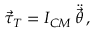
\begin{array} { r } { \vec { \tau } _ { T } = I _ { C M } \, \ddot { \vec { \theta } } \, , } \end{array}